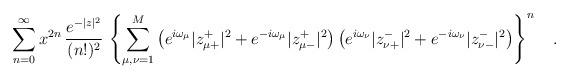
LaTeX: \begin{align*}\sum_{n=0}^\infty x^{2n}\,\frac{e^{-|z|^2}}{(n!)^2}\,\left\{\sum_{\mu,\nu=1}^M\left(e^{i\omega_\mu}|z^+_{\mu+}|^2+e^{-i\omega_\mu}|z^+_{\mu-}|^2\right)\left(e^{i\omega_\nu}|z^-_{\nu+}|^2+e^{-i\omega_\nu}|z^-_{\nu-}|^2\right)\right\}^n\ \ \ .\end{align*}